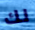
لك